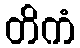
တိကံ